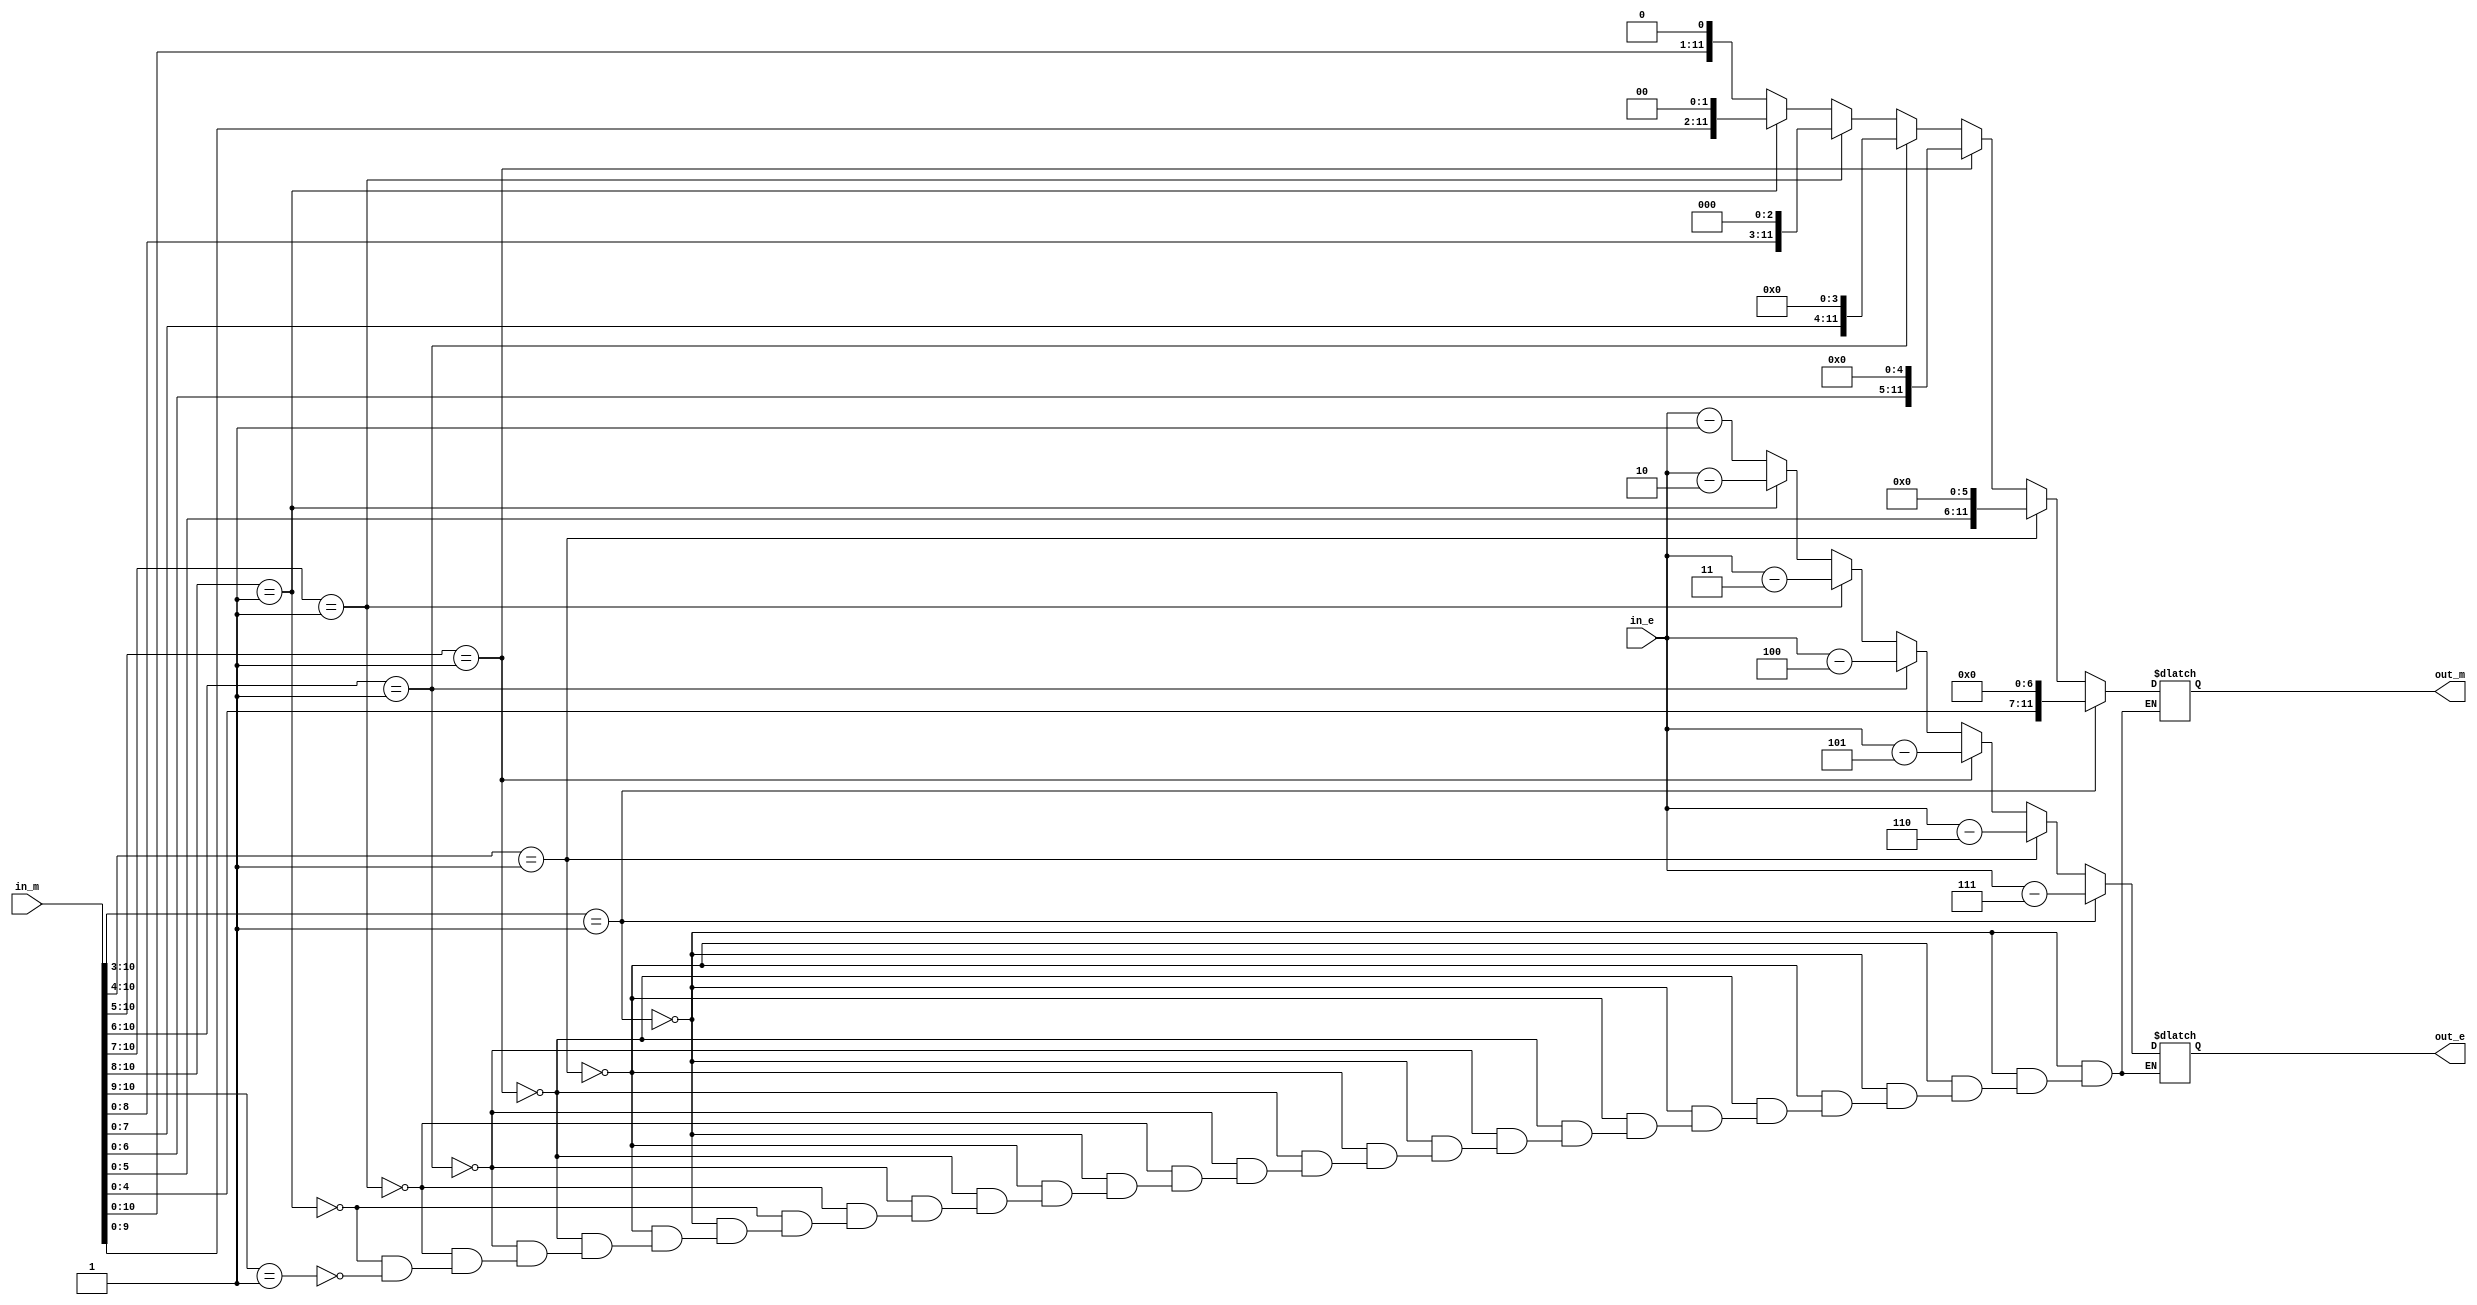
`timescale 1ns / 1ps
module addition_normaliser(in_e, in_m, out_e, out_m);
input [4:0] in_e;
input [11:0] in_m;
output [4:0] out_e;
output [11:0] out_m;
wire [4:0] in_e;
wire [11:0] in_m;
reg [4:0] out_e;
reg [11:0] out_m;
always @ ( * ) begin
if (in_m[10:3] == 8'b00000001) begin
out_e = in_e - 7;
out_m = in_m << 7;
end else if (in_m[10:4] == 7'b0000001) begin
out_e = in_e - 6;
out_m = in_m << 6;
end else if (in_m[10:5] == 6'b000001) begin
out_e = in_e - 5;
out_m = in_m << 5;
end else if (in_m[10:6] == 5'b00001) begin
out_e = in_e - 4;
out_m = in_m << 4;
end else if (in_m[10:7] == 4'b0001) begin
out_e = in_e - 3;
out_m = in_m << 3;
end else if (in_m[10:8] == 3'b001) begin
out_e = in_e - 2;
out_m = in_m << 2;
end else if (in_m[10:9] == 2'b01) begin
out_e = in_e - 1;
out_m = in_m << 1;
end
end
endmodule